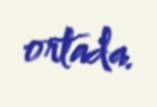
ortada.